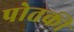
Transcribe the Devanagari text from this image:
पोतकी